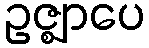
ဥဇ္ဈာပေ